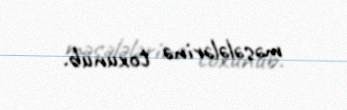
məsələlərinə toxunub.